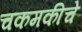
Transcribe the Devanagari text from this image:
चकमकीचे